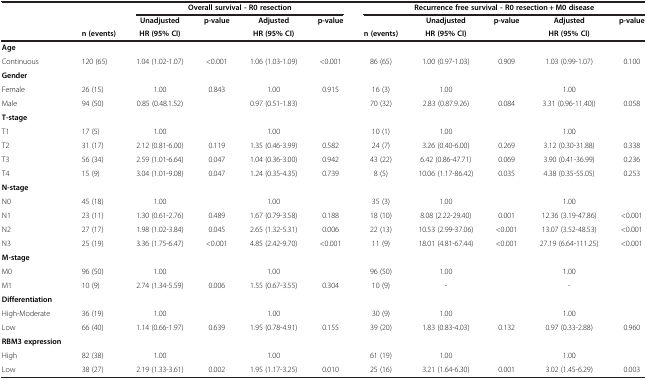
<table><thead><tr><td><b> </b></td><td><b> </b></td><td colspan="4"><b>Overall survival - R0 resection</b></td><td colspan="5"><b>Recurrence free survival - R0 resection + M0 disease</b></td></tr><tr><td><b> </b></td><td><b> </b></td><td><b>Unadjusted</b></td><td><b>p-value</b></td><td><b>Adjusted</b></td><td><b>p-value</b></td><td><b> </b></td><td><b>Unadjusted</b></td><td><b>p-value</b></td><td><b>Adjusted</b></td><td><b>p-value</b></td></tr><tr><td><b> </b></td><td><b>n (events)</b></td><td><b>HR (95% CI)</b></td><td><b> </b></td><td><b>HR (95% CI)</b></td><td><b> </b></td><td><b>n (events)</b></td><td><b>HR (95% CI)</b></td><td><b> </b></td><td><b>HR (95% CI)</b></td><td><b> </b></td></tr></thead><tbody><tr><td><b>Age</b></td><td> </td><td> </td><td> </td><td> </td><td> </td><td> </td><td> </td><td> </td><td> </td><td> </td></tr><tr><td>Continuous</td><td>120 (65)</td><td>1.04 (1.02-1.07)</td><td>&lt;0.001</td><td>1.06 (1.03-1.09)</td><td>&lt;0.001</td><td>86 (65)</td><td>1.00 (0.97-1.03)</td><td>0.909</td><td>1.03 (0.99-1.07)</td><td>0.100</td></tr><tr><td><b>Gender</b></td><td> </td><td> </td><td> </td><td> </td><td> </td><td> </td><td> </td><td> </td><td> </td><td> </td></tr><tr><td>Female</td><td>26 (15)</td><td>1.00</td><td>0.843</td><td>1.00</td><td>0.915</td><td>16 (3)</td><td>1.00</td><td> </td><td>1.00</td><td> </td></tr><tr><td>Male</td><td>94 (50)</td><td>0.85 (0.48.1.52)</td><td> </td><td>0.97 (0.51-1.83)</td><td> </td><td>70 (32)</td><td>2.83 (0.87.9.26)</td><td>0.084</td><td>3.31 (0.96-11.40))</td><td>0.058</td></tr><tr><td><b>T-stage</b></td><td> </td><td> </td><td> </td><td> </td><td> </td><td> </td><td> </td><td> </td><td> </td><td> </td></tr><tr><td>T1</td><td>17 (5)</td><td>1.00</td><td> </td><td>1.00</td><td> </td><td>10 (1)</td><td>1.00</td><td> </td><td>1.00</td><td> </td></tr><tr><td>T2</td><td>31 (17)</td><td>2.12 (0.81-6.00)</td><td>0.119</td><td>1.35 (0.46-3.99)</td><td>0.582</td><td>24 (7)</td><td>3.26 (0.40-6.00)</td><td>0.269</td><td>3.12 (0.30-31.88)</td><td>0.338</td></tr><tr><td>T3</td><td>56 (34)</td><td>2.59 (1.01-6.64)</td><td>0.047</td><td>1.04 (0.36-3.00)</td><td>0.942</td><td>43 (22)</td><td>6.42 (0.86-47.71)</td><td>0.069</td><td>3.90 (0.41-36.99)</td><td>0.236</td></tr><tr><td>T4</td><td>15 (9)</td><td>3.04 (1.01-9.08)</td><td>0.047</td><td>1.24 (0.35-4.35)</td><td>0.739</td><td>8 (5)</td><td>10.06 (1.17-86.42)</td><td>0.035</td><td>4.38 (0.35-55.05)</td><td>0.253</td></tr><tr><td><b>N-stage</b></td><td> </td><td> </td><td> </td><td> </td><td> </td><td> </td><td> </td><td> </td><td> </td><td> </td></tr><tr><td>N0</td><td>45 (18)</td><td>1.00</td><td> </td><td>1.00</td><td> </td><td>35 (3)</td><td>1.00</td><td> </td><td>1.00</td><td> </td></tr><tr><td>N1</td><td>23 (11)</td><td>1.30 (0.61-2.76)</td><td>0.489</td><td>1.67 (0.79-3.58)</td><td>0.188</td><td>18 (10)</td><td>8.08 (2.22-29.40)</td><td>0.001</td><td>12.36 (3.19-47.86)</td><td>&lt;0.001</td></tr><tr><td>N2</td><td>27 (17)</td><td>1.98 (1.02-3.84)</td><td>0.045</td><td>2.65 (1.32-5.31)</td><td>0.006</td><td>22 (13)</td><td>10.53 (2.99-37.06)</td><td>&lt;0.001</td><td>13.07 (3.52-48.53)</td><td>&lt;0.001</td></tr><tr><td>N3</td><td>25 (19)</td><td>3.36 (1.75-6.47)</td><td>&lt;0.001</td><td>4.85 (2.42-9.70)</td><td>&lt;0.001</td><td>11 (9)</td><td>18.01 (4.81-67.44)</td><td>&lt;0.001</td><td>27.19 (6.64-111.25)</td><td>&lt;0.001</td></tr><tr><td><b>M-stage</b></td><td> </td><td> </td><td> </td><td> </td><td> </td><td> </td><td> </td><td> </td><td> </td><td> </td></tr><tr><td>M0</td><td>96 (50)</td><td>1.00</td><td> </td><td>1.00</td><td> </td><td>96 (50)</td><td>1.00</td><td> </td><td>1.00</td><td> </td></tr><tr><td>M1</td><td>10 (9)</td><td>2.74 (1.34-5.59)</td><td>0.006</td><td>1.55 (0.67-3.55)</td><td>0.304</td><td>10 (9)</td><td>-</td><td> </td><td>-</td><td> </td></tr><tr><td><b>Differentiation</b></td><td> </td><td> </td><td> </td><td> </td><td> </td><td> </td><td> </td><td> </td><td> </td><td> </td></tr><tr><td>High-Moderate</td><td>36 (19)</td><td>1.00</td><td> </td><td>1.00</td><td> </td><td>30 (9)</td><td>1.00</td><td> </td><td>1.00</td><td> </td></tr><tr><td>Low</td><td>66 (40)</td><td>1.14 (0.66-1.97)</td><td>0.639</td><td>1.95 (0.78-4.91)</td><td>0.155</td><td>39 (20)</td><td>1.83 (0.83-4.03)</td><td>0.132</td><td>0.97 (0.33-2.88)</td><td>0.960</td></tr><tr><td><b>RBM3 expression</b></td><td> </td><td> </td><td> </td><td> </td><td> </td><td> </td><td> </td><td> </td><td> </td><td> </td></tr><tr><td>High</td><td>82 (38)</td><td>1.00</td><td> </td><td>1.00</td><td> </td><td>61 (19)</td><td>1.00</td><td> </td><td>1.00</td><td> </td></tr><tr><td>Low</td><td>38 (27)</td><td>2.19 (1.33-3.61)</td><td>0.002</td><td>1.95 (1.17-3.25)</td><td>0.010</td><td>25 (16)</td><td>3.21 (1.64-6.30)</td><td>0.001</td><td>3.02 (1.45-6.29)</td><td>0.003</td></tr></tbody></table>